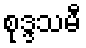
စုဒ္ဒသမီ